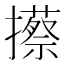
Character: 攃